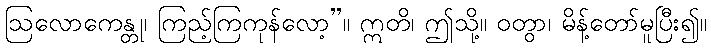
ဩလောကေန္တု၊ ကြည့်ကြကုန်လော့”။ ဣတိ၊ ဤသို့။ ဝတွာ၊ မိန့်တော်မူပြီး၍။